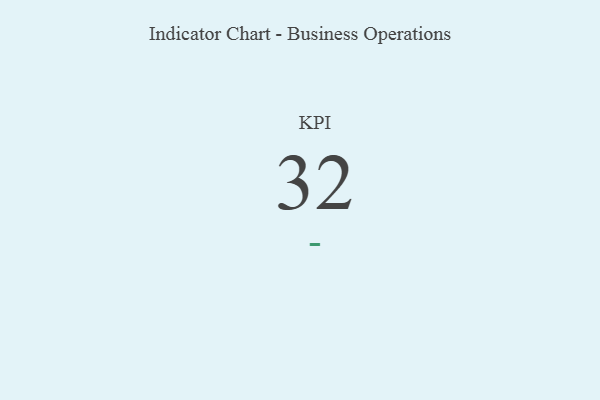
{"axis": {"x": "KPI", "y": "Value"}, "legend": [""], "data": [{"x": "KPI", "y": 32, "type": ""}]}